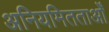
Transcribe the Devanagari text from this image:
अनियमितताओँ